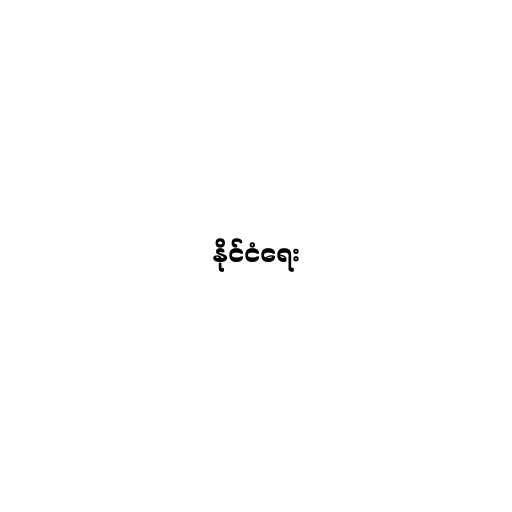
နိုင်ငံရေး